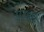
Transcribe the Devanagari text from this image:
पुरश्री